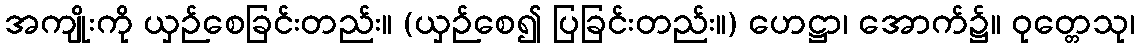
အကျိုးကို ယှဉ်စေခြင်းတည်း။ (ယှဉ်စေ၍ ပြခြင်းတည်း။) ဟေဋ္ဌာ၊ အောက်၌။ ဝုတ္တေသု၊